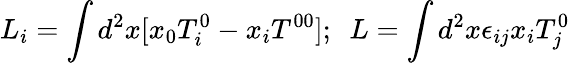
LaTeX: L_{i}=\int d^{2}x[x_{0}T_{i}^{0}-x_{i}T^{00}];\ \ L=\int d^{2}x\epsilon_{ij}x_{i}T_{j}^{0}